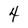
Character: 4